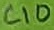
Text: C10